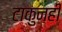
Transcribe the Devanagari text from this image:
टाकुनही